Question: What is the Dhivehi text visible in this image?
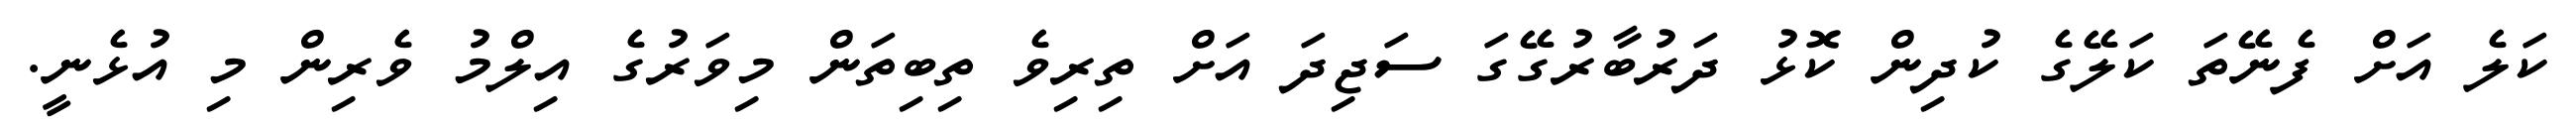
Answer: ކަލެ އަށް ފެނޭތަ ކަލޭގެ ކުދިން ކޮޅު ދަރުބާރުގޭގަ ސަޖިދަ އަށް ތިރިވެ ތިބިތަން މިވަރުގެ އިލްމު ވެރިން މި އުޅެނީ.